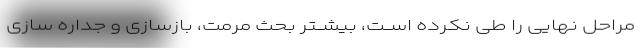
مراحل نهایی را طی نکرده اســت، بیشــتر بحث مرمت، بازسازی و جداره سازی